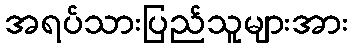
အရပ်သားပြည်သူများအား